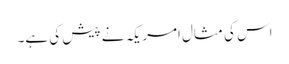
اس کی مثال امریکہ نے پیش کی ہے۔